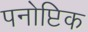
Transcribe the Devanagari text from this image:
पनोप्टिक